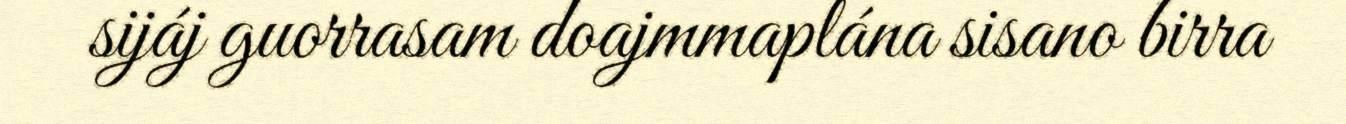
sijáj guorrasam doajmmaplána sisano birra